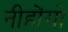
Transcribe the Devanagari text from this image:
नीहोंगो